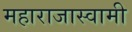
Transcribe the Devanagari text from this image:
महाराजास्‍वामी